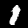
Label: 1